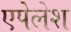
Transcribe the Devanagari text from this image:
एपेलेश